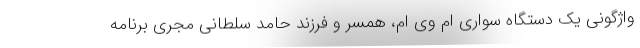
واژگونی یک دستگاه سواری ام وی ام، همسر و فرزند حامد سلطانی مجری برنامه